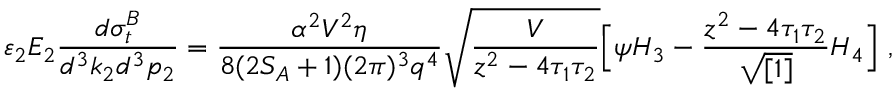
\varepsilon _ { 2 } E _ { 2 } \frac { d \sigma _ { t } ^ { B } } { d ^ { 3 } k _ { 2 } d ^ { 3 } p _ { 2 } } = \frac { \alpha ^ { 2 } V ^ { 2 } \eta } { 8 ( 2 S _ { A } + 1 ) ( 2 \pi ) ^ { 3 } q ^ { 4 } } \sqrt { \frac { V } { z ^ { 2 } - 4 \tau _ { 1 } \tau _ { 2 } } } \Bigl [ \psi H _ { 3 } - \frac { z ^ { 2 } - 4 \tau _ { 1 } \tau _ { 2 } } { \sqrt { [ 1 ] } } H _ { 4 } \Bigr ] \ ,